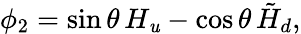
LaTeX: \phi_{2}=\sin\theta\, H_{\mathit{u}}-\cos\theta\, \tilde{{H}}_{d},